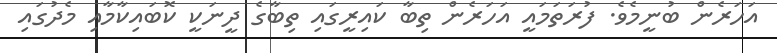
އަހަރެން ބުނީމެވެ. ފުރަތަމައީ އަހަރެން ތިބާ ކައިރީގައި ތިބާގެ ދީނަކީ ކޮބައިކާމާއި މެދުގައި